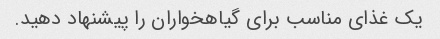
یک غذای مناسب برای گیاهخواران را پیشنهاد دهید.